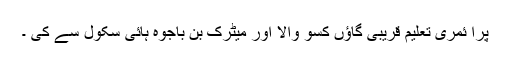
پرا ئمری تعلیم قریبی گاؤں کسو والا اور میٹرک بن باجوہ ہائی سکول سے کی ۔